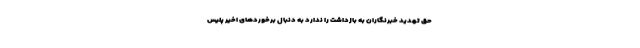
حق تهدید خبرنگاران به بازداشت را ندارد به دنبال برخوردهای اخیر پلیس